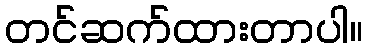
တင်ဆက်ထားတာပါ။